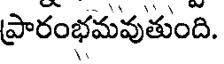
ప్రారంభమవుతుంది.